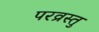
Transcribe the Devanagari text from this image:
परव्रस्तु